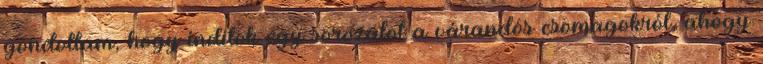
gondoltam, hogy indítok egy sorozatot a várandós csomagokról, ahogy